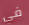
في